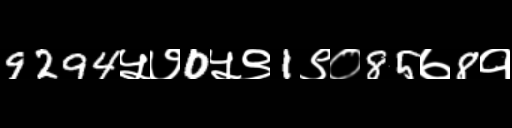
Text: 9294५७0५९1९०85७8१